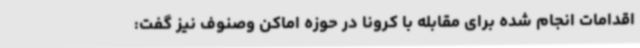
اقدامات انجام شده برای مقابله با کرونا در حوزه اماکن وصنوف نیز گفت: